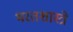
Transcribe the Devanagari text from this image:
भरतशास्त्रे